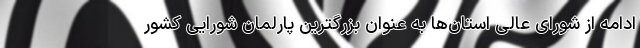
ادامه از شورای عالی استان‌ها به عنوان بزرگترین پارلمان شورایی کشور